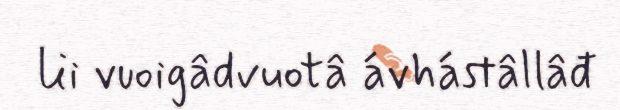
lii vuoigâdvuotâ ávhástâllâđ